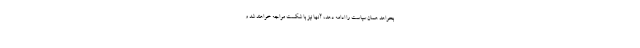
بخواهد همان سیاست را ادامه دهد، آنها نیز با شکست مواجه خواهند شد و